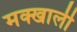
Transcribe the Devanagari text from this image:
मक्खाली